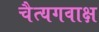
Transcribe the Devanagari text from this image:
चैत्यगवाक्ष